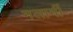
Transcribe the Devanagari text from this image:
मलार्मी